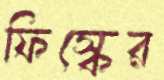
ফিস্কের